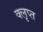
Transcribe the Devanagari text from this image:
क्लृप्त